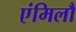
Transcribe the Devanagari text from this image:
एंमिलौ